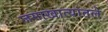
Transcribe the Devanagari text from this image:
जमाखात्यातले